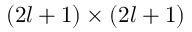
( 2 l + 1 ) \times ( 2 l + 1 )